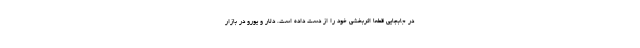
در جابجایی قطعا اثربخشی خود را از دست داده است. دلار و یورو در بازار